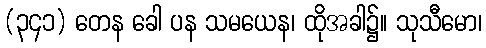
(၃၄၁) တေန ခေါ ပန သမယေန၊ ထိုအခါ၌။ သုသီမော၊